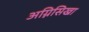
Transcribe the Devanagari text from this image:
अग्निसिखा